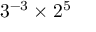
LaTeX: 3 ^ { - 3 } \times 2 ^ { 5 }